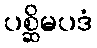
ပစ္ဆိမပဒံ